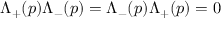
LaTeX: \Lambda _ { + } ( p ) \Lambda _ { - } ( p ) = \Lambda _ { - } ( p ) \Lambda _ { + } ( p ) = 0